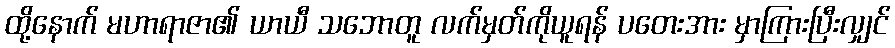
ထို့နောက် မဟာရာဇာ၏ ယာယီ သဘောတူ လက်မှတ်ကိုယူရန် ပတေးအား မှာကြားပြီးလျှင်